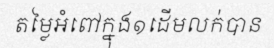
តម្លៃអំពៅក្នុង១ដើមលក់បាន